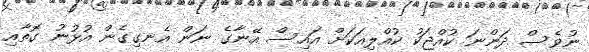
ނުވެސް ދަންނަ ކުއްޖަކު ކުއްލިއަކަށް އައިސް އޭނާގެ ނަން އެނގިގެން އުޅުނު ގޮތާއި